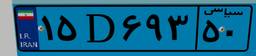
۷۷D۵۷۱۲۲